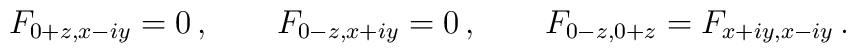
F_{0+z,x-i y} = 0 \,, \qquad  F_{0-z,x+i y} = 0 \,, \qquad  F_{0-z,0+z} = F_{x+i y,x-i y} \,.